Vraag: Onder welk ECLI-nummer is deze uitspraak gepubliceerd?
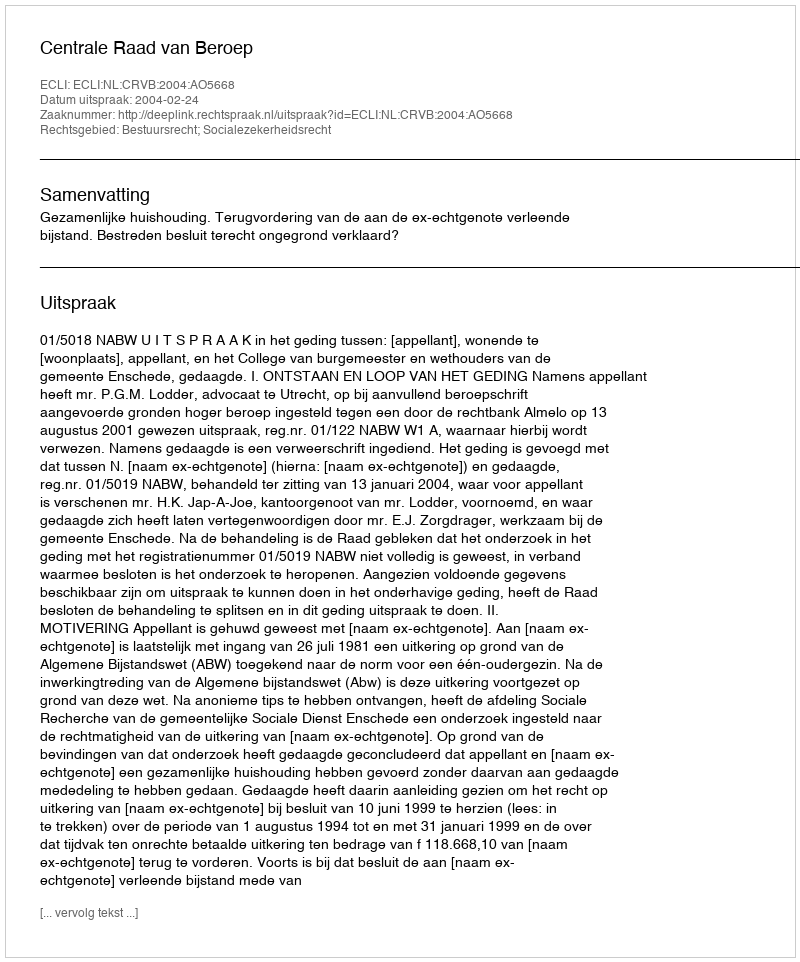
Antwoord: ECLI:NL:CRVB:2004:AO5668